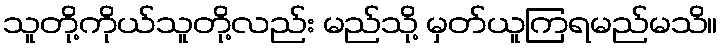
သူတို့ကိုယ်သူတို့လည်း မည်သို့ မှတ်ယူကြရမည်မသိ။